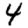
Digit: 4